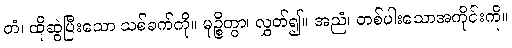
တံ၊ ထိုဆွဲပြီးသော သစ်ခက်ကို။ မုဉ္စိတွာ၊ လွှတ်၍။ အညံ၊ တစ်ပါးသောအကိုင်းကို။